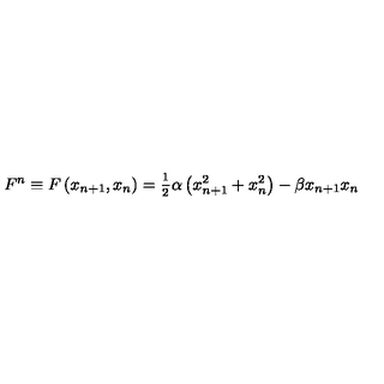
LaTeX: F ^ { n } \equiv F \left( x _ { n + 1 } , x _ { n } \right) = \frac { _ 1 } { ^ 2 } \alpha \left( x _ { n + 1 } ^ { 2 } + x _ { n } ^ { 2 } \right) - \beta x _ { n + 1 } x _ { n }